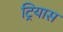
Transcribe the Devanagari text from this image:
ट्रियास